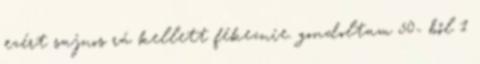
ezért sajnos rá kellett fékeznie. gondoltam 50- ből 1